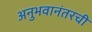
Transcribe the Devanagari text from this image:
अनुभवानंतरची